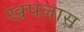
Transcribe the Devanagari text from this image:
खपलास